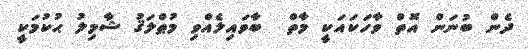
ދެން ބުނަން އޮތް ވާހަކައަކީ މާތް  ބާވައިލެއްވި މުޠްލަޤު ޝާމިލު ޙުކުމަކީ